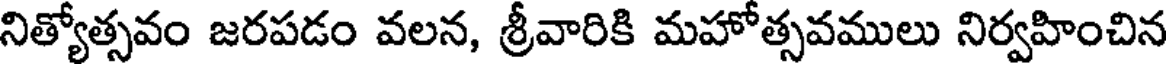
నిత్యోత్సవం జరపడం వలన, శ్రీవారికి మహోత్సవములు నిర్వహించిన